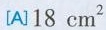
[A]18cm^{2}